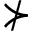
\nsucc